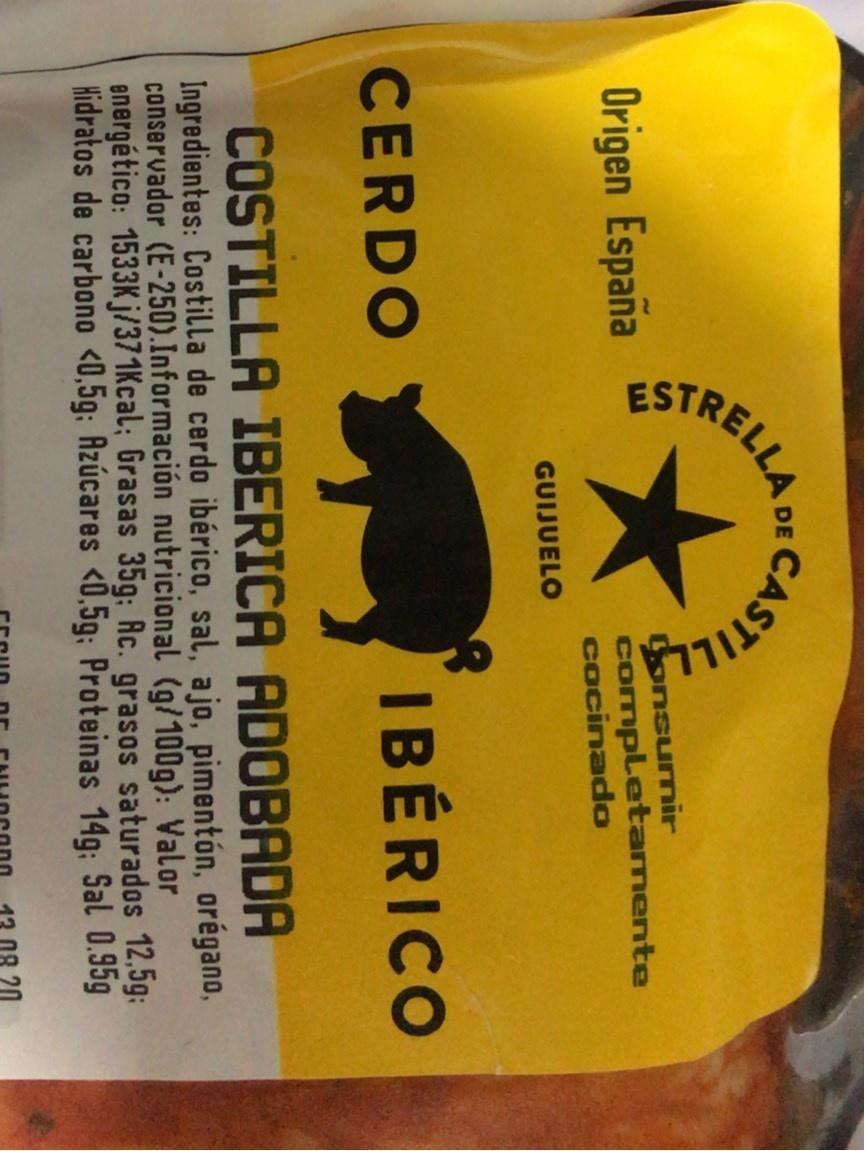
ESTRELLA
CAS
Sonsumir completarmente cocinado
Origen España
GUIJUELO
IBÉRICO
CERDO
COSTILLA IBERICA ADOBADA Ingredientes: Costilla de cerdo ibérico, sal, ajo, pimentón, orégano, conservador (E-250).Información nutricional (g/100g): Valor energético: 1533K j/371Kcal; Grasas 35g: Ac. grasos saturados 12,5g: Hidratos de carbono <0,5g: Azúcares <0,5g; Proteinas 14g: Sal 0.95g